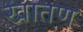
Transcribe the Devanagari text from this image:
खातण